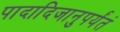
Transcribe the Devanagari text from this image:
पादादिजानुपर्यंतं